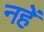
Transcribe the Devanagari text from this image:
नहें